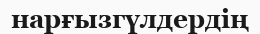
нарғызгүлдердің